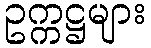
ဥက္ကဋ္ဌများ